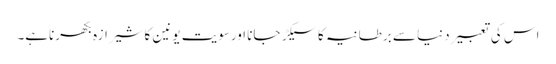
اس کی تعبیر دنیا سے برطانیہ کا سیکڑ جانا اورسویت یونین کا شیرازہ بکھرناہے۔